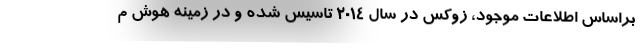
براساس اطلاعات موجود، زوکس در سال 2014 تاسیس شده و در زمینه هوش م